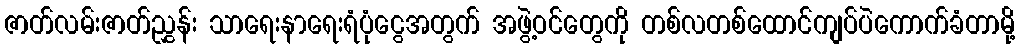
ဇာတ်လမ်းဇာတ်ညွှန်း သာရေးနာရေးရံပုံငွေအတွက် အဖွဲ့ဝင်တွေကို တစ်လတစ်ထောင်ကျပ်ပဲကောက်ခံတာမို့